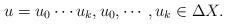
LaTeX: \begin{align*}u=u_0\cdots u_k, u_0,\cdots, u_k\in \Delta X. \end{align*}